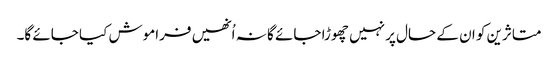
متاثرین کو ان کے حال پر نہیں چھوڑا جائے گا نہ اُنھیں فراموش کیا جائے گا۔